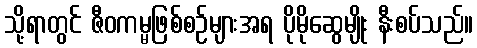
သို့ရာတွင် ဇီဝကမ္မဖြစ်စဉ်များအရ ပိုမိုဆွေမျိုး နီးစပ်သည်။